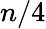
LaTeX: n/4